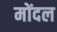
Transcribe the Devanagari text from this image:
मोंदल